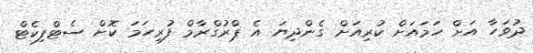
ދުވަހާ އަށް ހަމައަށް ކުރިއަށް ގެންދިޔަ އެ ޕްރުގްރާމް ފުރިހަމަ ކޮށް ސެޓްފިކެޓް